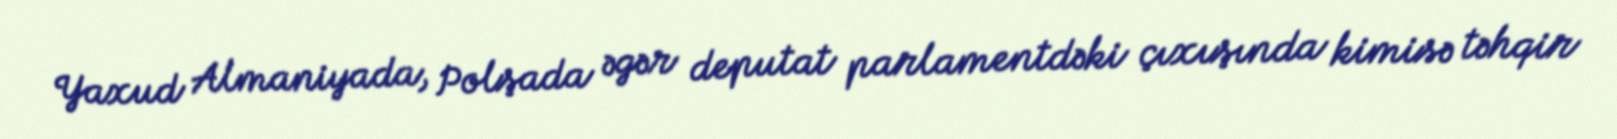
Yaxud Almaniyada, Polşada əgər deputat parlamentdəki çıxışında kimisə təhqir